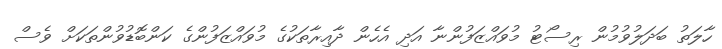
ހާލަތު ބަދަލުވުމުން ރިސޯޓު މުވައްޒަފުންނާ އަދި އެހެން ދާއިރާތަކުގެ މުވައްޒަފުންގެ ކަންބޮޑުވުންތަކަށް ވެސް